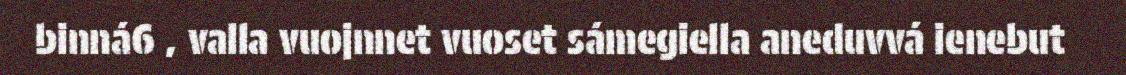
binná6 , valla vuojnnet vuoset sámegiella aneduvvá ienebut